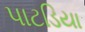
પાટડિયા